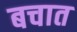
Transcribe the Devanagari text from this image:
बचात